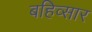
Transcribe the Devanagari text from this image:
बहिव्सार